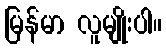
မြန်မာ လူမျိုးပါ။